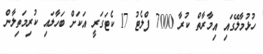
ހުޅުމާލޭގައި އިމާރާތް ކުރާ 7000 ފްލެޓު 17 ކެޓަގަރީ އަކަށް ބަހާލައި ކުރިމަތިލާން